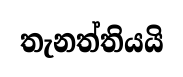
තැනත්තියයි